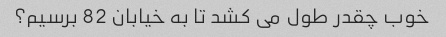
خوب چقدر طول می کشد تا به خیابان 82 برسیم؟